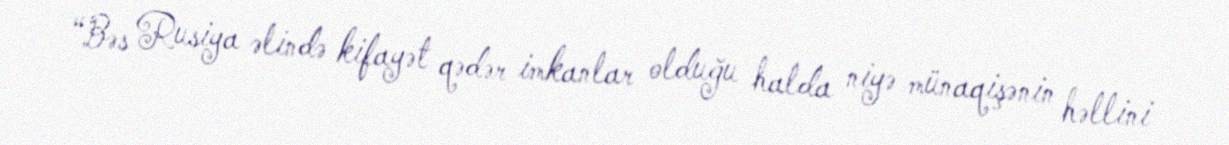
“Bəs Rusiya əlində kifayət qədər imkanlar olduğu halda niyə münaqişənin həllini